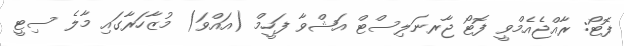
ފޮޓޯ: ރާއްޖެއެމްވީ ފޮޓޯ ޖާރނަލިސްޓް އަޝްވާ ފަހީމް (އައްވަ) މުޒާހަރާގައި މާލެ ސިޓީ